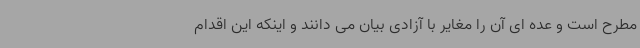
مطرح است و عده ای آن را مغایر با آزادی بیان می دانند و اینکه این اقدام